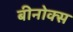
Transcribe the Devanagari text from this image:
बीनोक्स